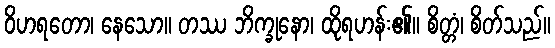
ဝိဟရတော၊ နေသော။ တဿ ဘိက္ခုနော၊ ထိုရဟန်း၏။ စိတ္တံ၊ စိတ်သည်။